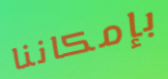
بإمكاننا